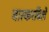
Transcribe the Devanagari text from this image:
बास्करबिले